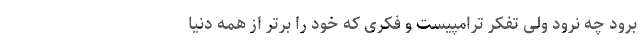
برود چه نرود ولی تفکر ترامپیست و فکری که خود را برتر از همه دنیا